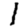
Digit: 1